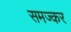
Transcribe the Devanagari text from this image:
समज्कर